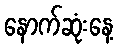
နောက်ဆုံးနေ့